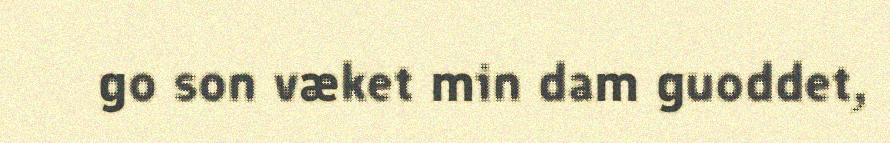
go son væket min dam guoddet,